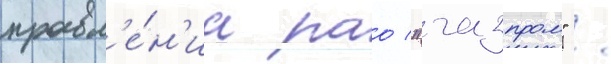
правл'е́н'иа рао "газпром" /